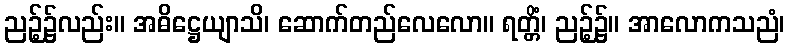
ညဉ့်၌လည်း။ အဓိဋ္ဌေယျာသိ၊ ဆောက်တည်လေလော။ ရတ္တိံ၊ ညဉ့်၌။ အာလောကသညံ၊